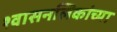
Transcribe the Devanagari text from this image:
श्वासनलिकांच्या